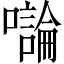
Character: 𡃝